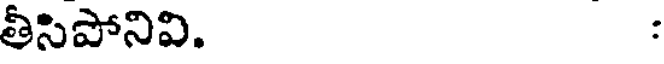
తీసిపోనివి. :